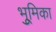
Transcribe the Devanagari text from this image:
भूुमिका